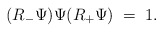
\begin{align*}(R_- \Psi) \Psi (R_+ \Psi) \; = \; 1.\end{align*}